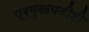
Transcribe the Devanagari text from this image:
प्रमुखपदीही